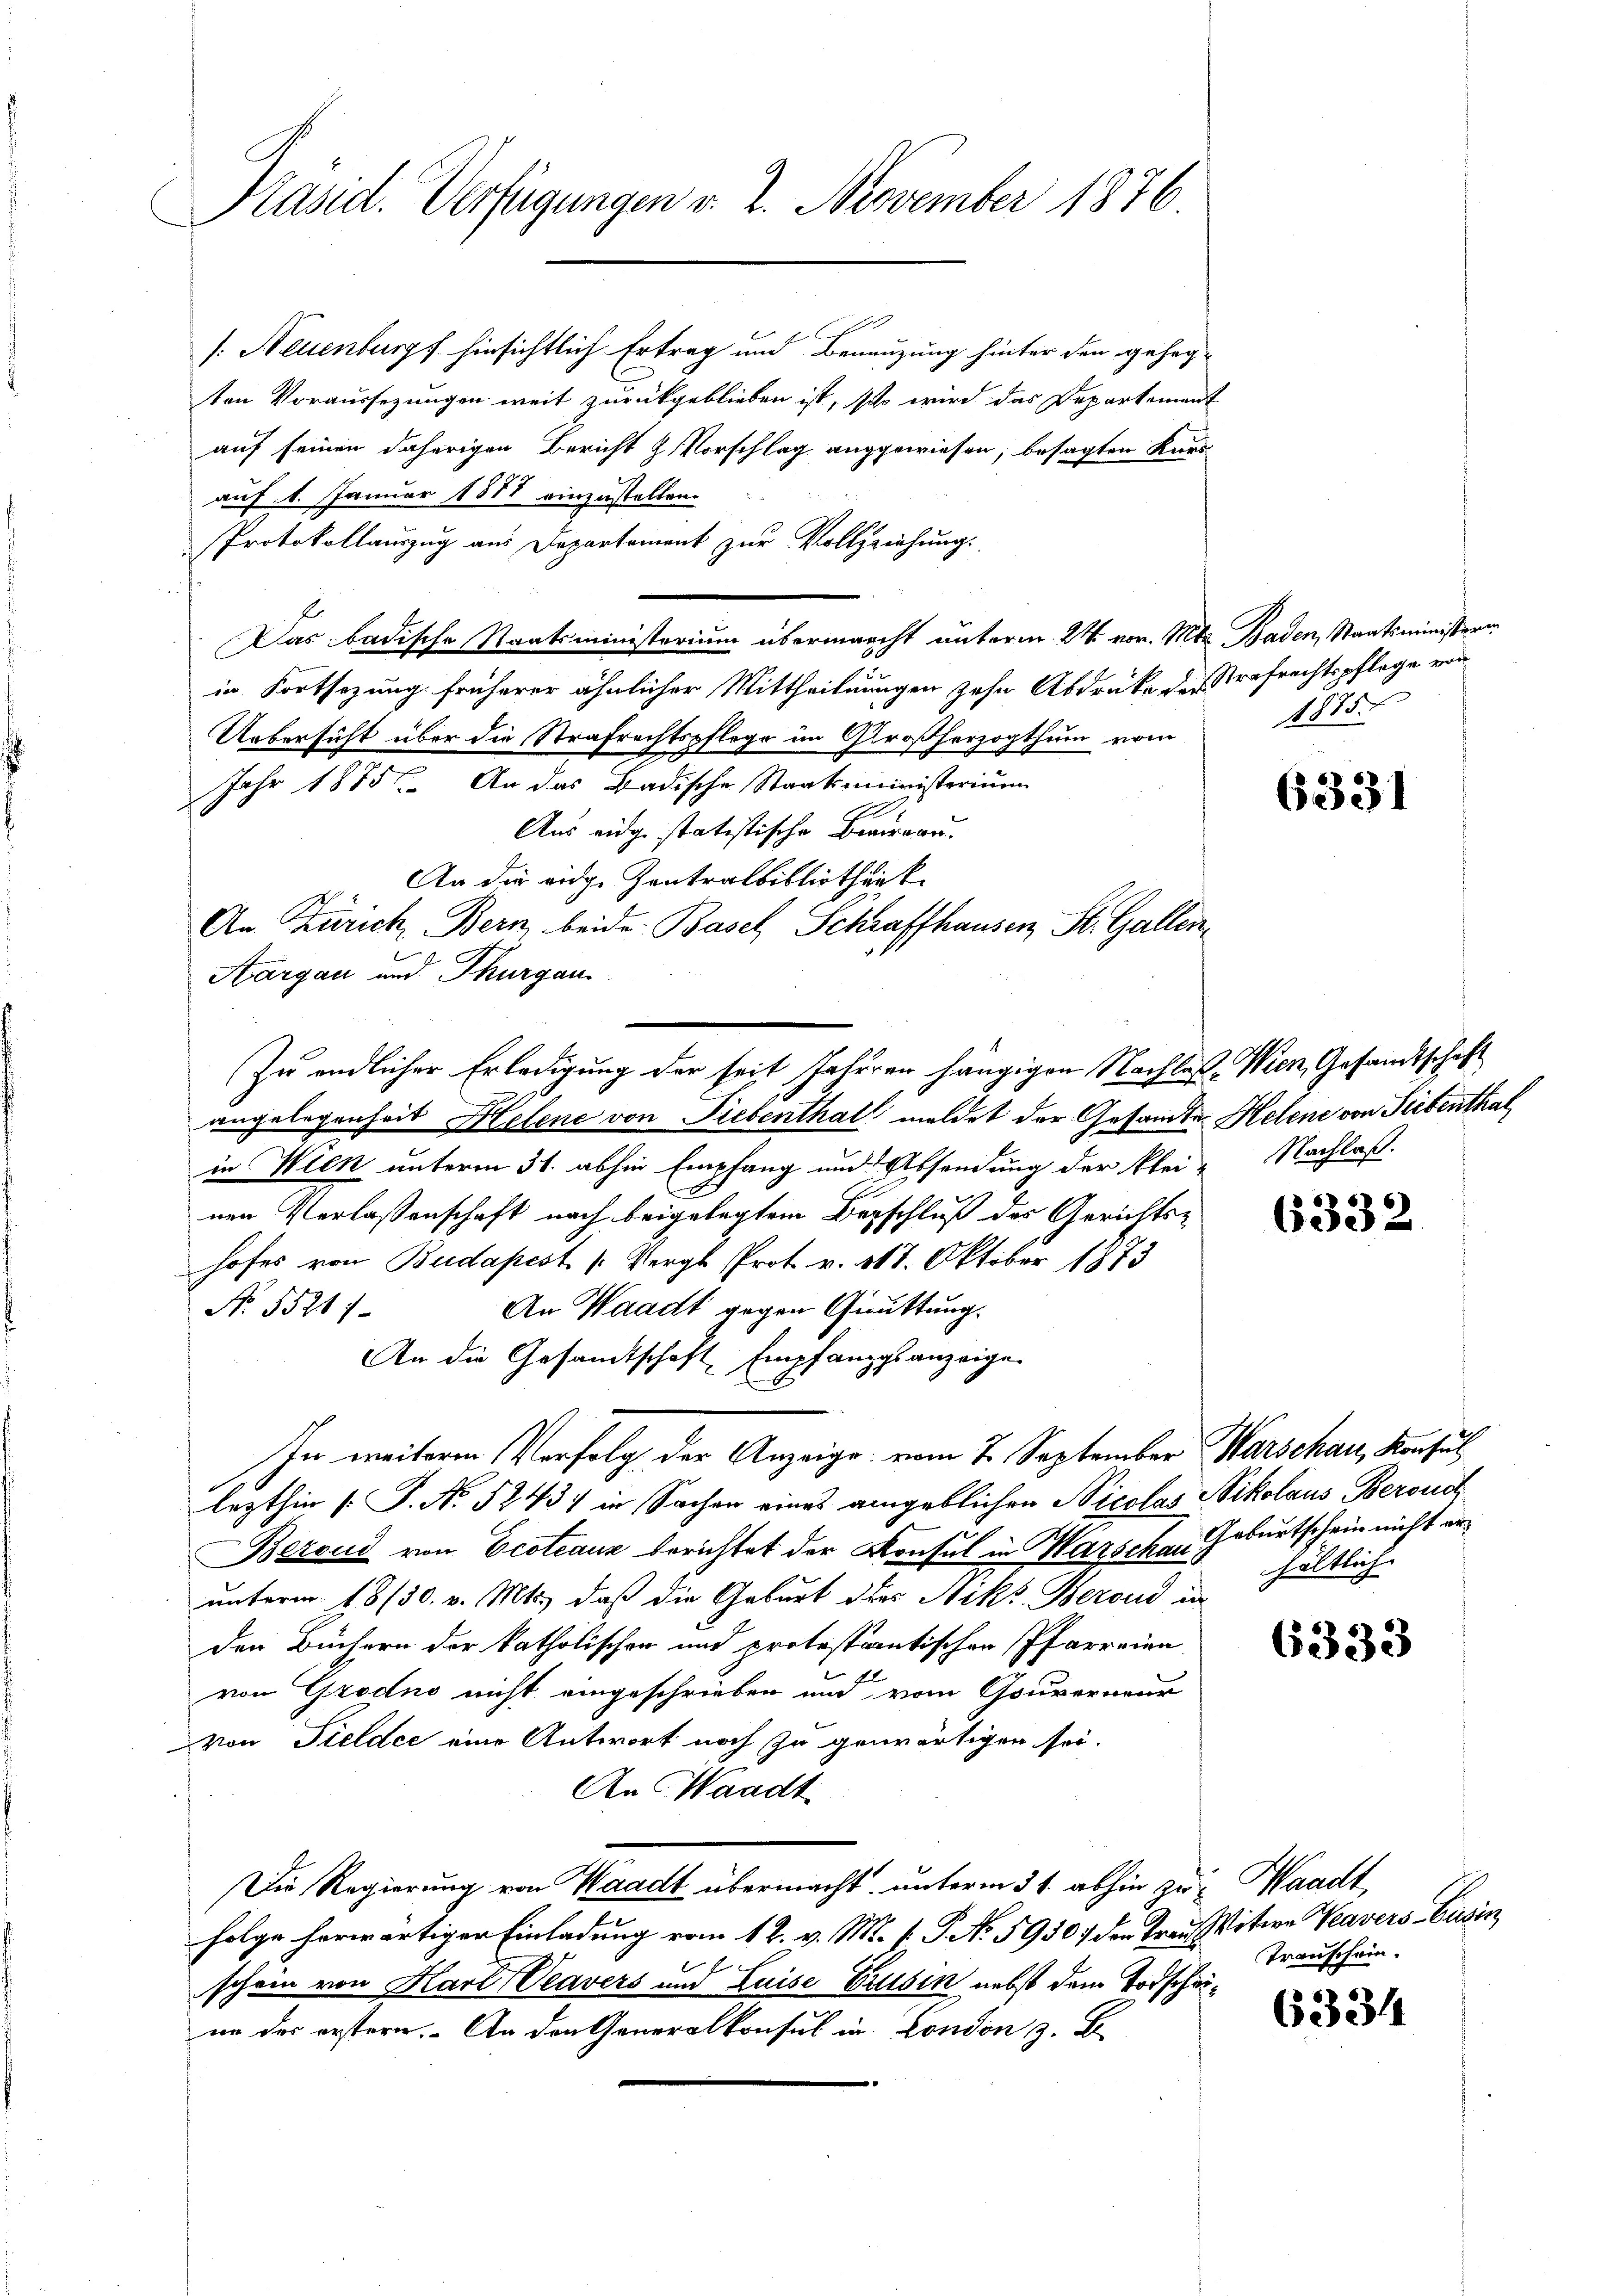
Präsid. Verfügungen v. 2. November 1876.

/: Neuenburg f hinsichtlich Ertrag und Beneuzung hinter den gehegten Voraussezungen weit zurückgeblieben ist, so wird das Departement
auf seinen daherigen Bericht z. Vorschlag angewiesen, besagten Kurs
auf 1. Januar 1888 einzustellen.
Protokollauszug aus Departement zur Vollziehung.
Das badische Staatsministerium übermacht unterm 24. vor. Mts. Baden, Staatsministerin
in Fortsezung früherer ähnlicher Mittheilungen zehn Abdrücke des Strafrechtspflege von
Uebersicht über die Strafrechtspflege im Großherzogthum vom
Jahr 1875. An das Badische Staatsministerium
Aus eidge statistische Beaureau.
An die eidge Zentralbibliothek.
s
An Zürich, Bern beide Basel Schraffhausen, St. Gallen
Aargau und Thurgau.
angelegenheit Helene von Liebenthal meldet der Gesandte Helene von Siebenthal
in Wien unterm 31. abhin Empfang und Absendung der klei-
nen Verlassenschaft nach beigelegtem Beschluß des Gerichtshofes von Budapest. (Vergl. Prot. v. 318. Oktober 1873
An Waadt gegen Grüttung.
No. 55217
An die Gesandtschaft Empfangsanzeigen
In weitere Verfolg der Anzeige vom 7. September Warschau, Konsul
lezthin 1 S. No. 5243) in Sachen eines angeblichen Nicolas Nikolaus Beronch
Bezoud von Ecoteauz berichtet der Konsul in Warschau Geburtschein nicht au
unterm 18/30. v. Mts., daß die Geburt des Niks Berond in
den Büchern der katholischen und protestantischen Pfarreien
von Grodno nicht eingeschrieben und vom Gouverneur
von Fieldee eine Antwort noch zu gewärtigen sei.
An Waadt
Die Regierung von Waadt übermacht, unterm 31. abhin zur Waadt
folge herwärtiger Einladung vom 12. v. M. f. P. No. 5930. der Trau Witwe Keavers-Cusin
f
schein von Karl Peavers und Luise Erleben nebst dem Todscheinn der erstern. An den Generalkonsul in Condon z. B.

Zu endlicher Erledigung der seit Jahren hängigen Nachlaß-Wien, Gesandtschaft

1875

6331

Nachlaß.

6332

hältlich

6333

Transchein.

6331